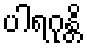
ပါရဂုန္တိ